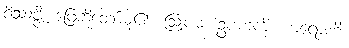
ဝိဿဇ္ဇိ၊ ဖြေဆိုတော်မူ၏။ ဩပမံ၊ ဥပမာကို။ ကရောဟိ၊